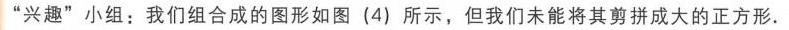
“兴趣”小组：我们组合成的图形如图（4）所示，但我们未能将其剪拼成大的正方形.